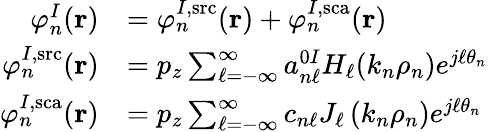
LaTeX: \begin{array}{rl}{\varphi_{n}^{I}(\mathbf{r})}&{=\varphi_{n}^{I,\mathrm{src}}(\mathbf{r})+\varphi_{n}^{I,\mathrm{sca}}(\mathbf{r})}\\ {\varphi_{n}^{I,\mathrm{src}}(\mathbf{r})}&{=p_{z}\sum_{\ell=-\infty}^{\infty}a_{n\ell}^{0I}H_{\ell}(k_{n}\rho_{n})e^{j\ell\theta_{n}}}\\ {\varphi_{n}^{I,\mathrm{sca}}(\mathbf{r})}&{=p_{z}\sum_{\ell=-\infty}^{\infty}c_{n\ell}J_{\ell}\left(k_{n}\rho_{n}\right)e^{j\ell\theta_{n}}}\end{array}